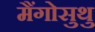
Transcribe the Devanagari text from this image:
मैंगोसुथु